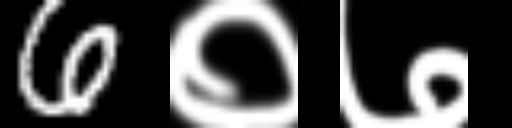
Text: 6०७